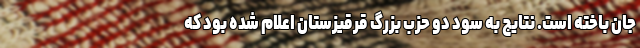
جان باخته است. نتایج به سود دو حزب بزرگ قرقیزستان اعلام شده بود که